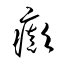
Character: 癲